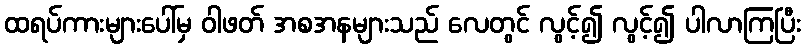
ထရပ်ကားများပေါ်မှ ဝါဖတ် အစအနများသည် လေတွင် လွင့်၍ လွင့်၍ ပါလာကြပြီး